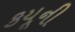
કયૂની